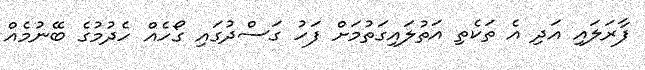
ފާރަލައި އަދި އެ ތަކެތި އަތުލައިގަތުމަށް ފަހު ގަސްދުގައި ގޯހެއް ހެދުމުގެ ބޭނުމެއް